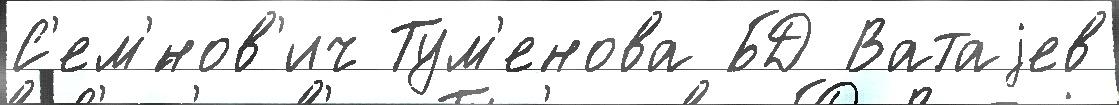
С'ем'́нов'ич Тум'енова БД Ватаjев